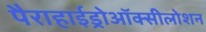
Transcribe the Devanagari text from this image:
पैराहाईड्रोऑक्सीलोशन